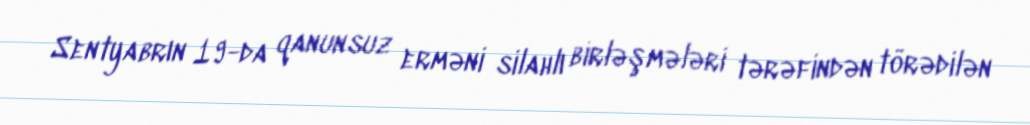
Sentyabrın 19-da qanunsuz erməni silahlı birləşmələri tərəfindən törədilən